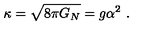
\kappa = \sqrt { 8 \pi G _ { N } } = g \alpha ^ { 2 } \ .